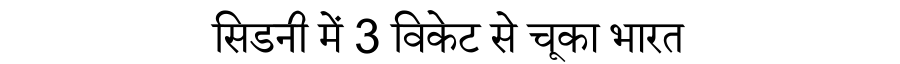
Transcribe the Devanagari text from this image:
सिडनी में 3 विकेट से चूका भारत